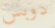
دوبس